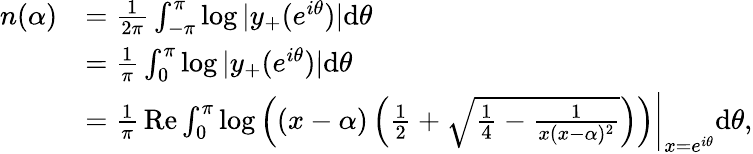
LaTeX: \begin{array}{rl}{n(\alpha)}&{=\frac{1}{2\pi}\int_{-\pi}^{\pi}\log|y_{+}(e^{i\theta})|\mathrm d\theta}\\ &{=\frac{1}{\pi}\int_{0}^{\pi}\log|y_{+}(e^{i\theta})|\mathrm d\theta}\\ &{=\frac{1}{\pi}\mathop{\mathrm{Re}}\int_{0}^{\pi}\log\left((x-\alpha)\left(\frac 12+\sqrt{\frac 14-\frac{1}{x(x-\alpha)^{2}}}\right)\right)\bigg\rvert_{x=e^{i\theta}}\mathrm d\theta,}\end{array}